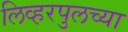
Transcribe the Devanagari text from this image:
लिव्हरपुलच्या